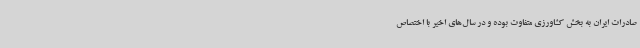
صادرات ایران به بخش کشاورزی متفاوت بوده و در سال‌های اخیر با اختصاص